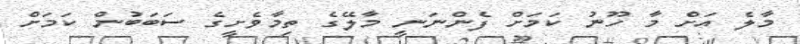
މާލެ އަށް މާ ހޫނު ކަމަށް ފެންނަނީ މާލޭގެ ތިމާވެށީގެ ސަބަބުން ކަމަށް